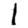
Digit: 1